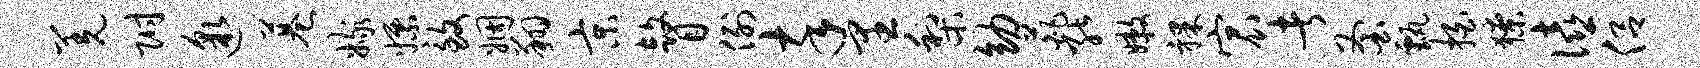
羌附邈巷嫁嫖致姻翔京瞽例卒里梨幼葩能嫩裸宸者釜甄拍獠僖侣